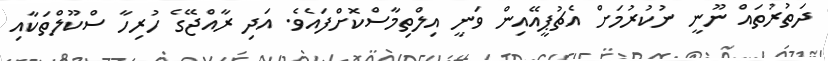
ދަތުރުތައް ނޫނީ ނުކުރުމަށް އެޗުޕީއޭއިން ވަނީ އިލްތިމާސްކޮށްފައެވެ. އަދި ރާއްޖޭގެ ހުރިހާ ސްކޫލްތަކާއި